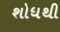
શોધથી